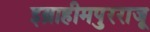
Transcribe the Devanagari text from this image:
इब्राहीमपुरराजू